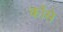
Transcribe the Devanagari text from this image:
कोंसे